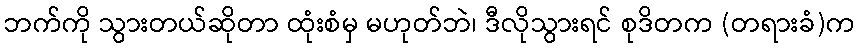
ဘက်ကို သွားတယ်ဆိုတာ ထုံးစံမှ မဟုတ်ဘဲ၊ ဒီလိုသွားရင် စုဒိတက (တရားခံ)က